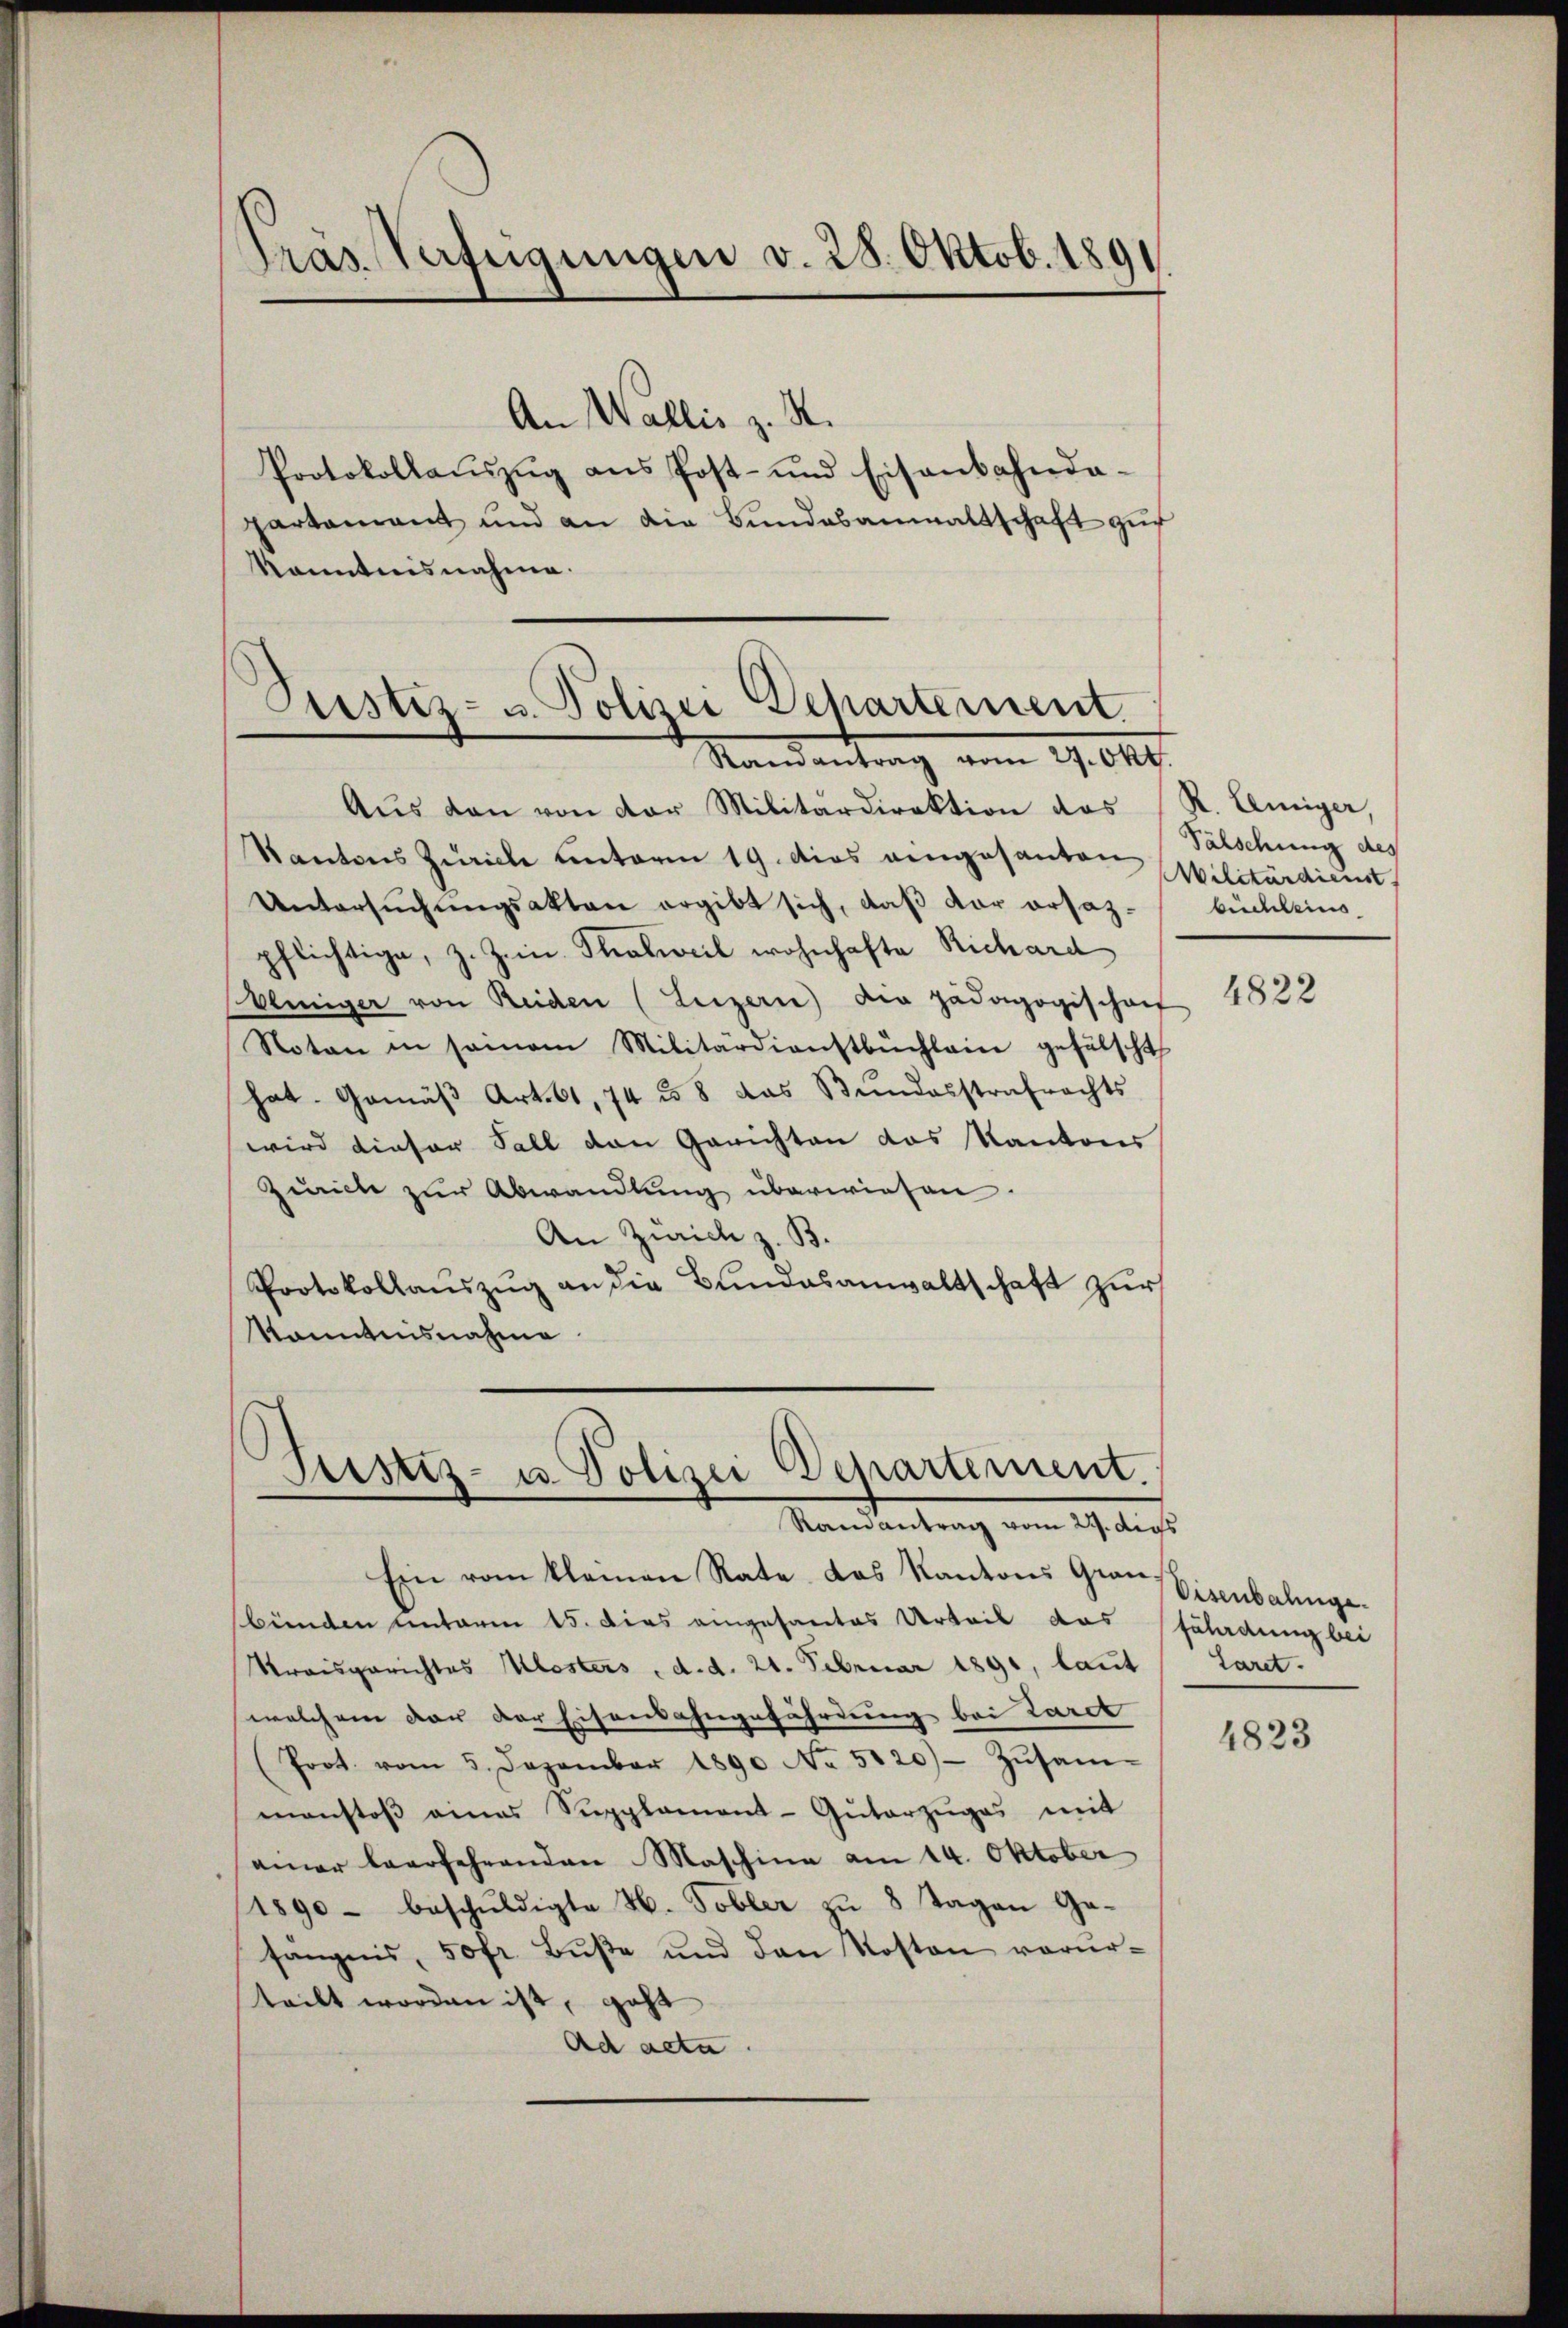
dräs Verfügungen v. 28. Oktob. 1891

An Wallis z. R.
Protokollaŭszŭg ans Post- und Eisenbahnda-
partamant und an die Bundesanwaltschaft zur
Kenntnisnahme.

Justiz- u. Polizei Departement.
Randantrag vom 19. 640.

Aŭs den von der Militärdirektion des (R. Leniger,
Kantons Zürich unterm 19. dies eingesanten
Untersuchungsakten ergibt sich, daß der ersazpflichtige, z. Zein. Thalweil wohnhafte Richard
einiger von Reiden (Luzern) die pädagogischarf
Noten in seinem Militärdienstbüchlein gefälscht
hat. Gemäβ Art. 61, 74 u. 8 das Bŭndesstrafrechts
wird dieser Fall den Gerichten das Kantons
Zürich zur Abwandlung überwiesen.
An Zürich z. B.
Protokollauszug an die Bundesanwaltschaft zur
Kanntnisnahme

Justiz- u. Polizei Departement.
Ramantrag vom 29. dies

Ein vom kleinen Rate das Kantons Grau-
bünden unterm 15. Dies eingesamtes Urteil das fährdung bei
Streisgerichtes Klosters, d. d. 21. Februar 1891, laut
welchem dar der Eisenbahngefährdung bei Larch
(Prot. vom 5. Dezember 1890 No 5120)- Zŭsam-
monstoβ eines Supplement-Güterzŭges mit
einer Leerfahrenden Maschina am 14. Oktober
1890 - beschuldigte H. Tobler zu 8 Tagen Gesängnis, 50fr. Bŭβe und den Kosten verŭr-
teilt worden ist, geht
Ad acta

Fälschung des
Militärdienst
büchleins
4822

Visenbahnge.
Taret.

4823